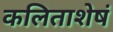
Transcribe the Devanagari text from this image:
कलिताशेषं